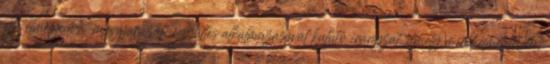
az 'elmélyedés-magyarázat' együttes alkalmazásával kutató irányzat, amely mind elméletében,